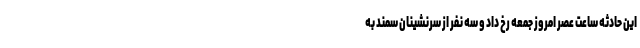
این حادثه ساعت عصر امروز جمعه رخ داد و سه نفر از سرنشینان سمند به